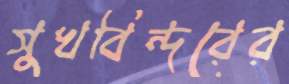
সুখবিন্দরের